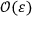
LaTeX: { \mathcal { O } } ( \varepsilon )